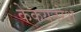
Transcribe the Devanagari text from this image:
केकयनरेश